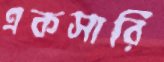
একসারি